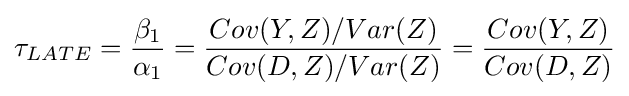
\tau _{LATE}={\frac {\beta _{1}}{\alpha _{1}}}={\frac {Cov(Y,Z)/Var(Z)}{Cov(D,Z)/Var(Z)}}={\frac {Cov(Y,Z)}{Cov(D,Z)}}